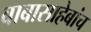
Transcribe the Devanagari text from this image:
बाबासाहेबांच